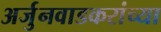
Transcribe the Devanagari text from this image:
अर्जुनवाडकरांच्या